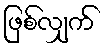
ဖြစ်လျှက်